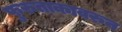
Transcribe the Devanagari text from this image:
फुरुताकावरुन